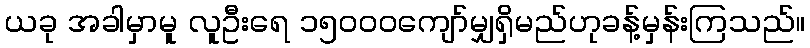
ယခု အခါမှာမူ လူဦးရေ ၁၅၀၀၀ကျော်မျှရှိမည်ဟုခန့်မှန်းကြသည်။